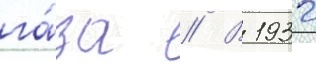
га́за // В 1932